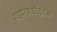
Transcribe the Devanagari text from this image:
हाइपरथाइरॉइडिज्म